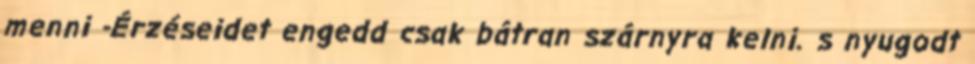
menni -Érzéseidet engedd csak bátran szárnyra kelni. s nyugodt